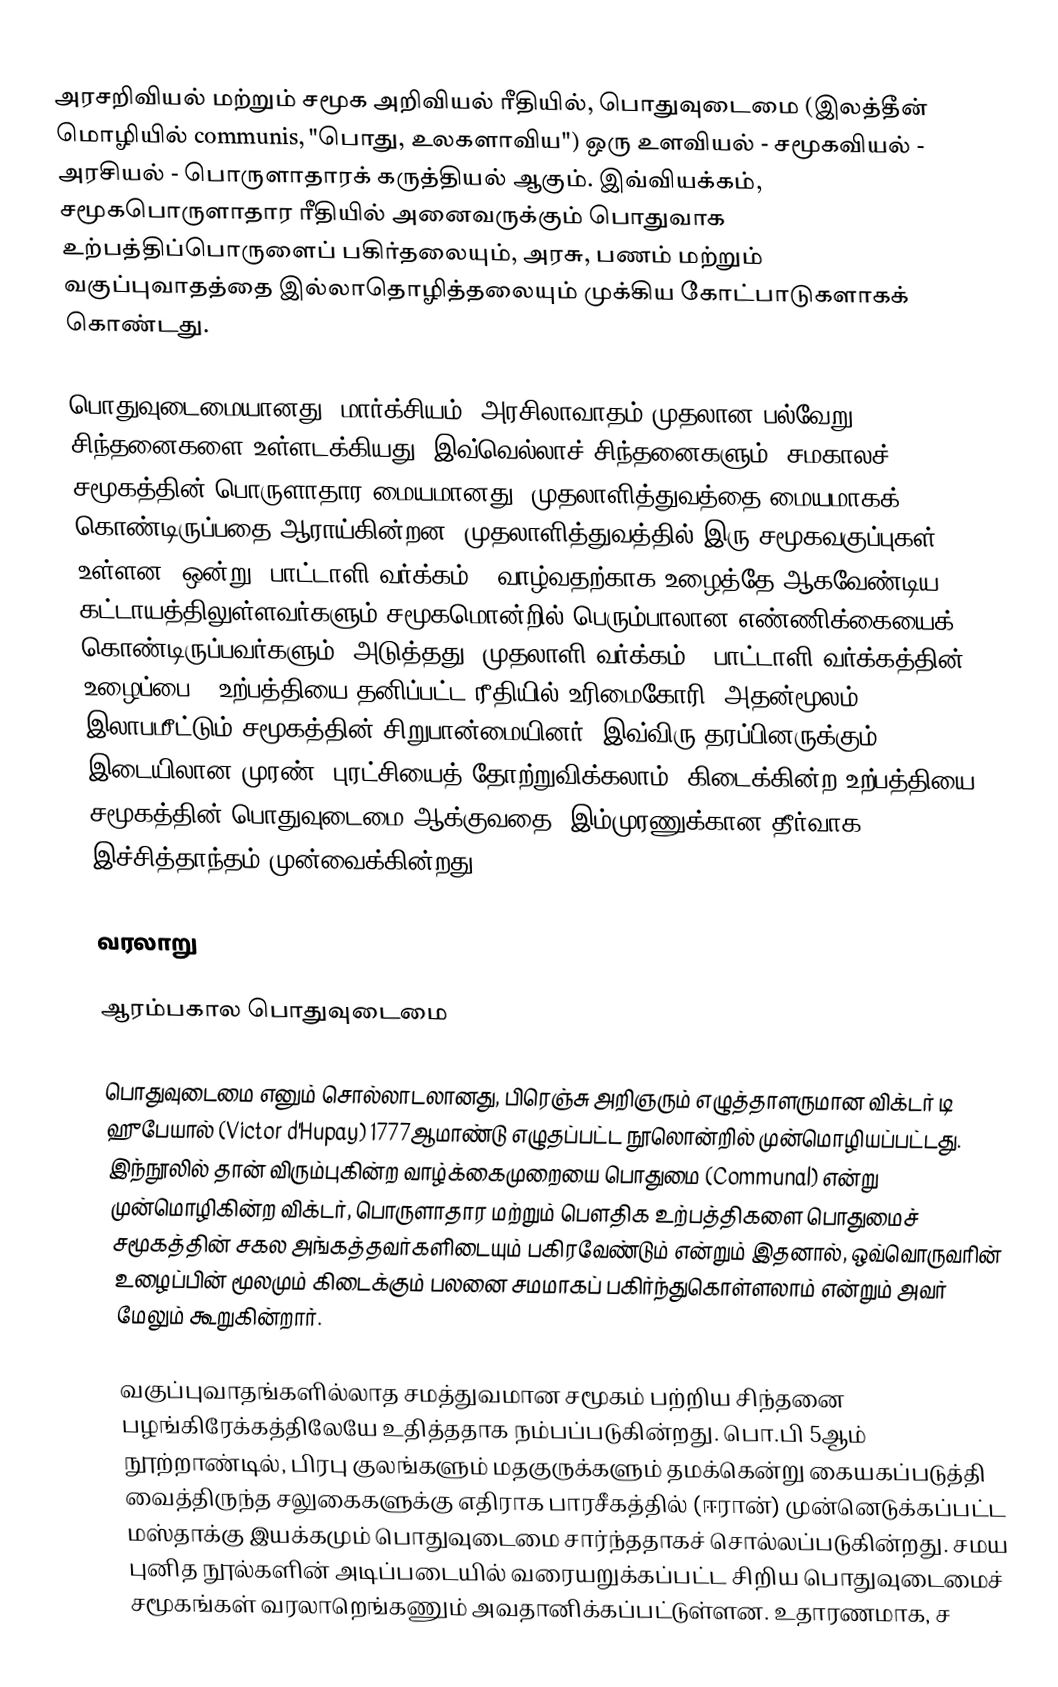
அரசறிவியல் மற்றும் சமூக அறிவியல் ரீதியில், பொதுவுடைமை (இலத்தீன் மொழியில்  communis, "பொது, உலகளாவிய") ஒரு உளவியல் - சமூகவியல் - அரசியல் - பொருளாதாரக் கருத்தியல் ஆகும்.  இவ்வியக்கம், சமூகபொருளாதார ரீதியில் அனைவருக்கும் பொதுவாக உற்பத்திப்பொருளைப் பகிர்தலையும், அரசு, பணம் மற்றும் வகுப்புவாதத்தை இல்லாதொழித்தலையும் முக்கிய கோட்பாடுகளாகக் கொண்டது.

பொதுவுடைமையானது, மார்க்சியம், அரசிலாவாதம்  முதலான பல்வேறு சிந்தனைகளை உள்ளடக்கியது. இவ்வெல்லாச் சிந்தனைகளும், சமகாலச் சமூகத்தின் பொருளாதார மையமானது, முதலாளித்துவத்தை மையமாகக் கொண்டிருப்பதை ஆராய்கின்றன. முதலாளித்துவத்தில் இரு சமூகவகுப்புகள் உள்ளன. ஒன்று, பாட்டாளி வர்க்கம் - வாழ்வதற்காக உழைத்தே ஆகவேண்டிய கட்டாயத்திலுள்ளவர்களும் சமூகமொன்றில் பெரும்பாலான எண்ணிக்கையைக் கொண்டிருப்பவர்களும். அடுத்தது, முதலாளி வர்க்கம் - பாட்டாளி வர்க்கத்தின் உழைப்பை - உற்பத்தியை தனிப்பட்ட ரீதியில் உரிமைகோரி, அதன்மூலம்  இலாபமீட்டும் சமூகத்தின் சிறுபான்மையினர். இவ்விரு தரப்பினருக்கும் இடையிலான முரண், புரட்சியைத் தோற்றுவிக்கலாம். கிடைக்கின்ற உற்பத்தியை சமூகத்தின் பொதுவுடைமை ஆக்குவதை, இம்முரணுக்கான தீர்வாக, இச்சித்தாந்தம் முன்வைக்கின்றது.

வரலாறு

ஆரம்பகால  பொதுவுடைமை

பொதுவுடைமை எனும் சொல்லாடலானது, பிரெஞ்சு அறிஞரும் எழுத்தாளருமான விக்டர் டி ஹுபேயால் (Victor d'Hupay) 1777ஆமாண்டு எழுதப்பட்ட நூலொன்றில் முன்மொழியப்பட்டது. இந்நூலில் தான் விரும்புகின்ற வாழ்க்கைமுறையை பொதுமை (Communal) என்று முன்மொழிகின்ற விக்டர், பொருளாதார மற்றும் பௌதிக உற்பத்திகளை பொதுமைச் சமூகத்தின் சகல அங்கத்தவர்களிடையும் பகிரவேண்டும் என்றும் இதனால், ஒவ்வொருவரின் உழைப்பின் மூலமும் கிடைக்கும் பலனை சமமாகப் பகிர்ந்துகொள்ளலாம் என்றும் அவர் மேலும் கூறுகின்றார்.

வகுப்புவாதங்களில்லாத சமத்துவமான சமூகம் பற்றிய சிந்தனை பழங்கிரேக்கத்திலேயே உதித்ததாக நம்பப்படுகின்றது. பொ.பி 5ஆம் நூற்றாண்டில், பிரபு குலங்களும் மதகுருக்களும் தமக்கென்று கையகப்படுத்தி வைத்திருந்த சலுகைகளுக்கு எதிராக பாரசீகத்தில் (ஈரான்) முன்னெடுக்கப்பட்ட மஸ்தாக்கு இயக்கமும் பொதுவுடைமை சார்ந்ததாகச் சொல்லப்படுகின்றது. சமய புனித நூல்களின் அடிப்படையில் வரையறுக்கப்பட்ட சிறிய பொதுவுடைமைச் சமூகங்கள் வரலாறெங்கணும் அவதானிக்கப்பட்டுள்ளன. உதாரணமாக, ச